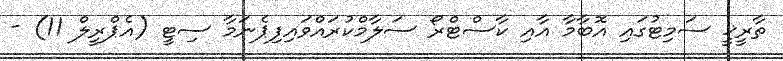
ތާރީޚީ ސަމިޓުގައި އޮބާމާ އާއި ކާސްޓްރޯ ސަލާމްކުރައްވައިފިޕެނަމާ ސިޓީ (އެޕްރީލް 11) -